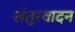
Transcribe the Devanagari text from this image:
संतुरवादन